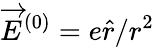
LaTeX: \overrightarrow{E}^{(0)}=e\hat{r}/r^{2}